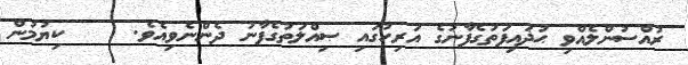
ރުއްސުންލެއްވި ޙުޛައިފަތުގެފާނުގެ އަރިހުގައި ޞިއްލަތުގެފާނު ދެންނެވިއެވެ.     ކިޔުމުން